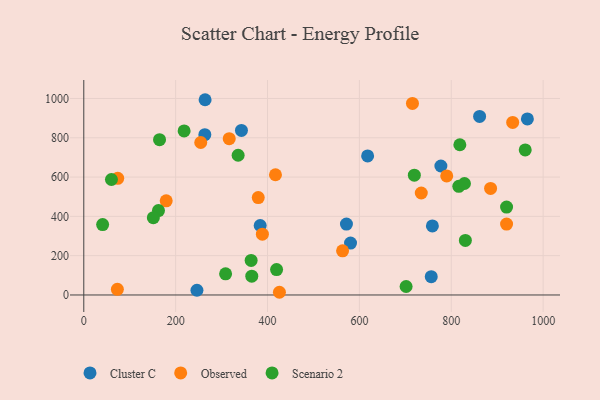
{"axis": {"x": "Investment", "y": "Profit"}, "legend": ["Cluster C", "Observed", "Scenario 2"], "data": [{"x": "777.4", "y": 656.3, "type": "Cluster C"}, {"x": "861.7", "y": 908.8, "type": "Cluster C"}, {"x": "571.8", "y": 361.0, "type": "Cluster C"}, {"x": "965.7", "y": 896.0, "type": "Cluster C"}, {"x": "264.1", "y": 993.6, "type": "Cluster C"}, {"x": "580.7", "y": 264.2, "type": "Cluster C"}, {"x": "246.3", "y": 23.9, "type": "Cluster C"}, {"x": "617.9", "y": 707.4, "type": "Cluster C"}, {"x": "343.2", "y": 837.2, "type": "Cluster C"}, {"x": "756.4", "y": 93.2, "type": "Cluster C"}, {"x": "263.5", "y": 815.7, "type": "Cluster C"}, {"x": "758.9", "y": 351.2, "type": "Cluster C"}, {"x": "384.0", "y": 353.6, "type": "Cluster C"}, {"x": "790.1", "y": 606.0, "type": "Observed"}, {"x": "316.6", "y": 795.6, "type": "Observed"}, {"x": "254.6", "y": 775.9, "type": "Observed"}, {"x": "563.4", "y": 224.8, "type": "Observed"}, {"x": "885.6", "y": 542.4, "type": "Observed"}, {"x": "920.4", "y": 361.0, "type": "Observed"}, {"x": "734.7", "y": 519.0, "type": "Observed"}, {"x": "715.5", "y": 974.6, "type": "Observed"}, {"x": "388.8", "y": 309.5, "type": "Observed"}, {"x": "179.4", "y": 479.3, "type": "Observed"}, {"x": "425.9", "y": 13.7, "type": "Observed"}, {"x": "73.9", "y": 593.5, "type": "Observed"}, {"x": "73.1", "y": 28.5, "type": "Observed"}, {"x": "417.3", "y": 611.8, "type": "Observed"}, {"x": "933.7", "y": 878.3, "type": "Observed"}, {"x": "379.8", "y": 495.4, "type": "Observed"}, {"x": "419.7", "y": 129.3, "type": "Scenario 2"}, {"x": "719.6", "y": 609.8, "type": "Scenario 2"}, {"x": "816.4", "y": 552.9, "type": "Scenario 2"}, {"x": "60.2", "y": 587.6, "type": "Scenario 2"}, {"x": "365.7", "y": 95.6, "type": "Scenario 2"}, {"x": "818.7", "y": 764.5, "type": "Scenario 2"}, {"x": "218.4", "y": 834.9, "type": "Scenario 2"}, {"x": "336.0", "y": 711.0, "type": "Scenario 2"}, {"x": "828.7", "y": 567.3, "type": "Scenario 2"}, {"x": "41.0", "y": 358.3, "type": "Scenario 2"}, {"x": "701.7", "y": 43.1, "type": "Scenario 2"}, {"x": "920.4", "y": 447.2, "type": "Scenario 2"}, {"x": "162.6", "y": 429.7, "type": "Scenario 2"}, {"x": "151.4", "y": 393.2, "type": "Scenario 2"}, {"x": "308.7", "y": 107.5, "type": "Scenario 2"}, {"x": "830.7", "y": 277.7, "type": "Scenario 2"}, {"x": "961.0", "y": 738.0, "type": "Scenario 2"}, {"x": "364.3", "y": 175.8, "type": "Scenario 2"}, {"x": "164.9", "y": 790.1, "type": "Scenario 2"}]}